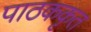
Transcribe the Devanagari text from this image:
पाठककृत